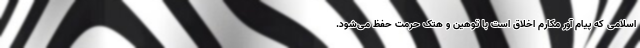
اسلامی که پیام آور مکارم اخلاق است با توهین و هتک حرمت حفظ می‌شود.